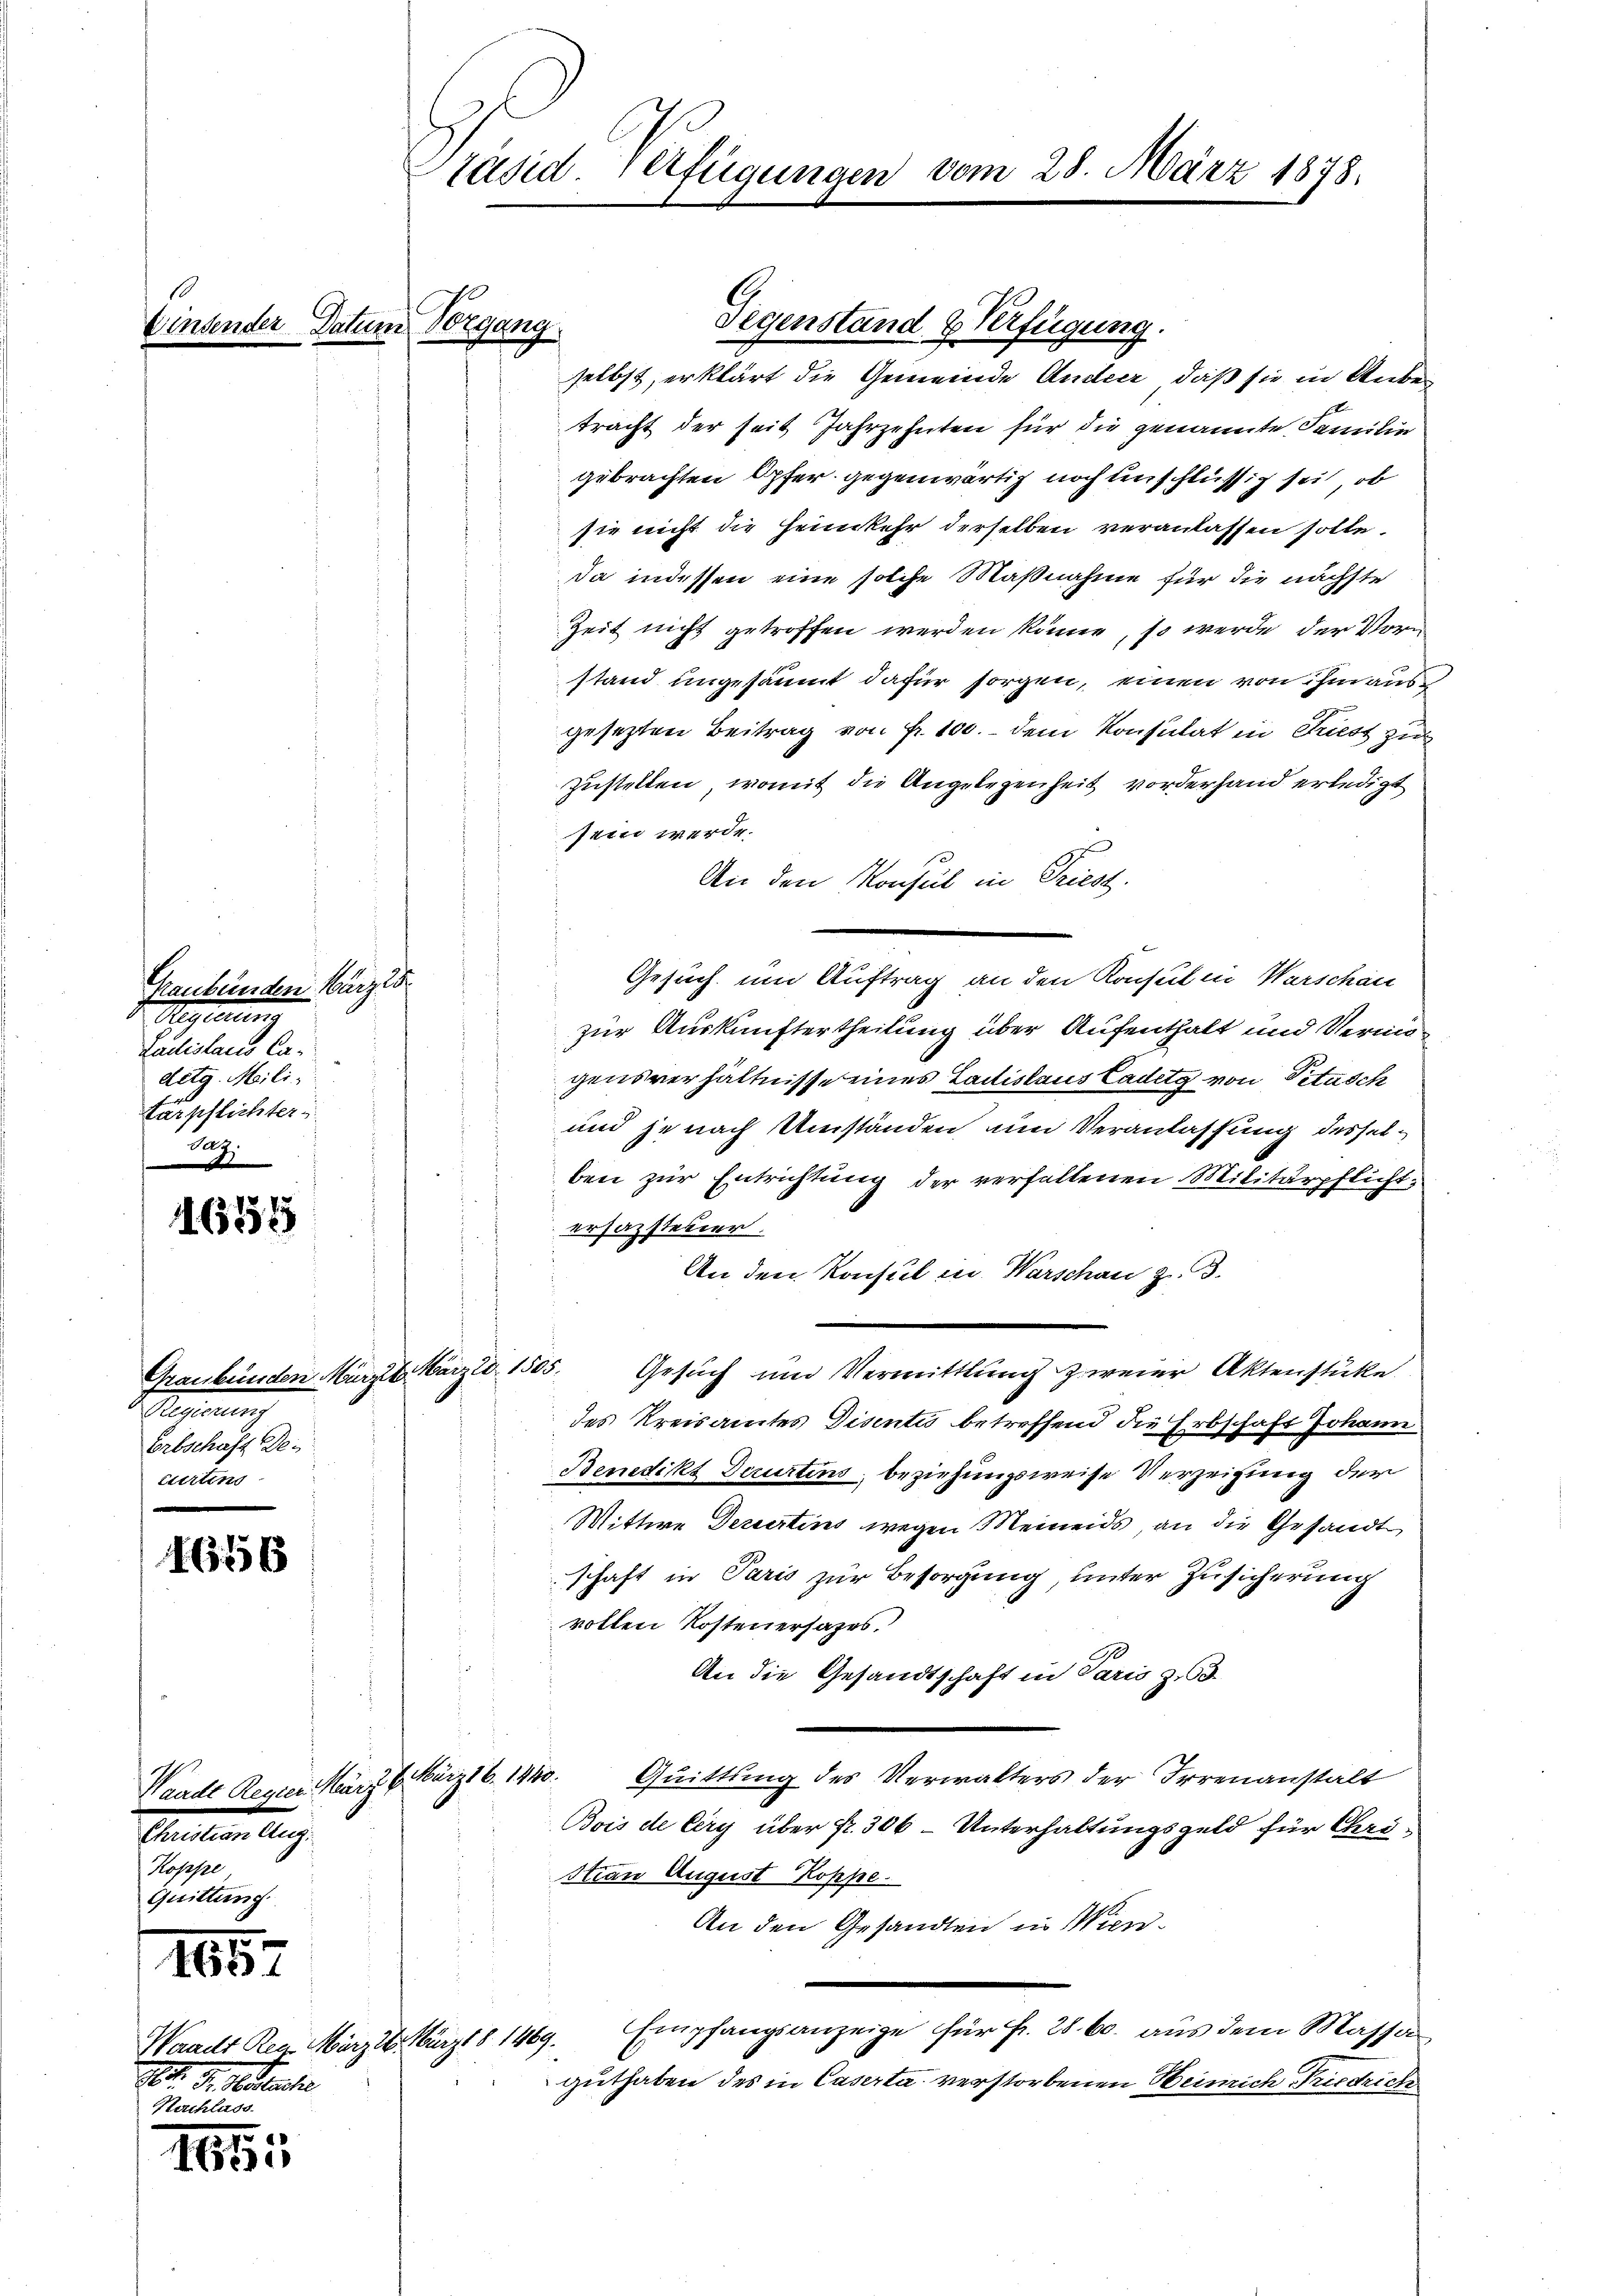
Haubenden März is
Aeglun
Ladislaus Cadetg. Mili
tärpflichter
Saz.

165157

1656

7
e

s
1831

Waadt Regier, März 6. März 16. 1940.
Grellen lez
Koppe
Quittung.

Waadt Reg. März.
No. 3. Seiterer

um Vorgang

Graubünden März l. März d. 1505.
1
Erbschaft Detierteng

räsid. Verfügungen

Gegenstand & Verfügung.

28. März 1878.

selbst, erklärt die Gemeinde Anleer, daß sie in Unbetracht der seit Jahrzehnten für die genannte Familie
gebrachten Opfer gegenwärtig noch unschlüssig sei, ob
sie nicht die Heimkehr derselben veranlassen solle.
Da indessen eine solche Maßnahme für die nächste
Zeit nicht getroffen werden könne, so werde der Vorstand ungesäumt dafür sorgen, einen von hinausgesezten Beitrag von Fr. 100.- dem Konsulat in Triest zu
Zustellen, womit die Angelegenheit vorderhand erledigt
sein werde.
An den Konsul in Triest.
Gesuch um Auftrag an den Konsul in Warschau
zur Auskunftertheilung über Aufenthalt und Vermigensverhältnisse eines Ladislaus Cadetg von Petasch
und je nach Umständen um Veranlassung desselben zur Entrichtung der verfallenen Militärpflichtersazsteuer.
An den Konsul i. Warschen z. B.
Gesuch und Vermittlung zweier Aktenstüke
des Kreisamtes Disentis betreffend die Erbschaft Johann
Benedikt Decurtens, beziehungsweise Verzeihung der
Wittwe Decurtins wegen Meineids an die Gesandt
schaft in Paris zur Besorgung unter Zusicherung
rotten Kostenersazes.
An die Gesandtschaft in Paris z
Quittung des Verwalters der Irrenanstalt
Bois de Cery über fr. 306 - Unterhaltungsgeld für Chri-
Hran August Koppe
An den Gesandten in Wien¬
Empfangsanzeige für Fr. 28. 60. aus dem Massa
2. März 11. 1889.
guthaben des in Caserta verstorbenen Heinrich Friedrich¬